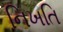
નિખતિ